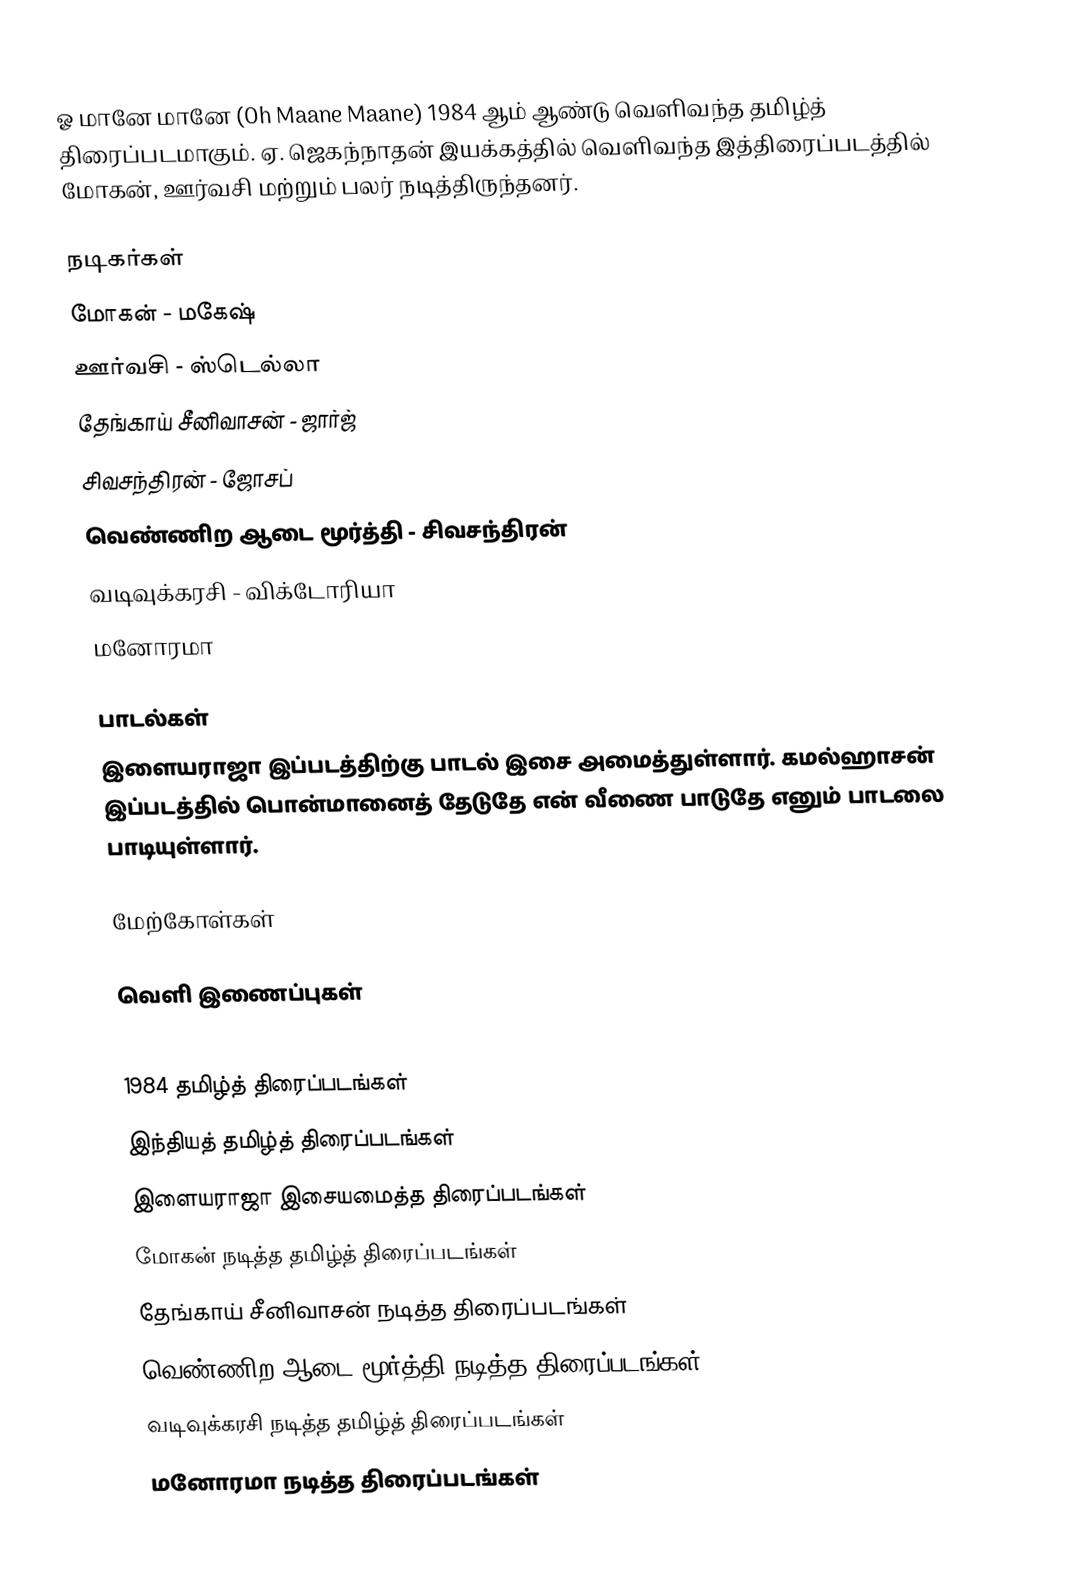
ஓ மானே மானே (Oh Maane Maane) 1984 ஆம் ஆண்டு வெளிவந்த தமிழ்த் திரைப்படமாகும். ஏ. ஜெகந்நாதன் இயக்கத்தில் வெளிவந்த இத்திரைப்படத்தில் மோகன், ஊர்வசி மற்றும் பலர் நடித்திருந்தனர்.

நடிகர்கள்
 மோகன் - மகேஷ்
 ஊர்வசி - ஸ்டெல்லா
 தேங்காய் சீனிவாசன் - ஜார்ஜ்
 சிவசந்திரன் - ஜோசப்
 வெண்ணிற ஆடை மூர்த்தி - சிவசந்திரன்
 வடிவுக்கரசி - விக்டோரியா
 மனோரமா

பாடல்கள்
இளையராஜா இப்படத்திற்கு பாடல் இசை அமைத்துள்ளார். கமல்ஹாசன் இப்படத்தில் பொன்மானைத் தேடுதே என் வீணை பாடுதே எனும் பாடலை பாடியுள்ளார்.

மேற்கோள்கள்

வெளி இணைப்புகள்

1984 தமிழ்த் திரைப்படங்கள்
இந்தியத் தமிழ்த் திரைப்படங்கள்
இளையராஜா இசையமைத்த திரைப்படங்கள்
மோகன் நடித்த தமிழ்த் திரைப்படங்கள்
தேங்காய் சீனிவாசன் நடித்த திரைப்படங்கள்
வெண்ணிற ஆடை மூர்த்தி நடித்த திரைப்படங்கள்
வடிவுக்கரசி நடித்த தமிழ்த் திரைப்படங்கள்
மனோரமா நடித்த திரைப்படங்கள்